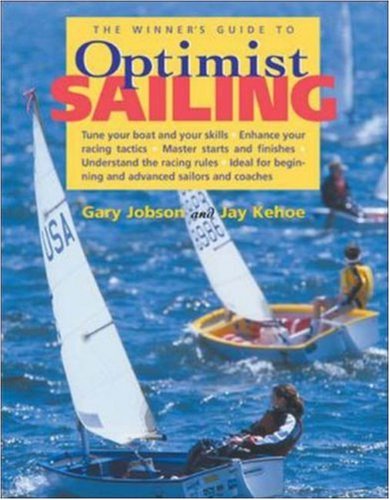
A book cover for The Winner's Guide to Optimist Sailing; Gary Jobson; Children's Books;